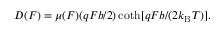
\begin{array} { r } { D ( F ) = \mu ( F ) ( q F b / 2 ) \coth [ q F b / ( 2 k _ { \mathrm { B } } T ) ] . } \end{array}